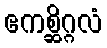
ဧကစ္ဆိဂ္ဂလံ